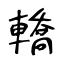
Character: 轎